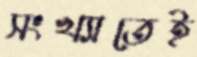
সংখ্যাতেই